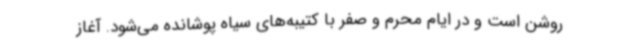
روشن است و در ایام محرم و صفر با کتیبه‌های سیاه پوشانده می‌شود. آغاز